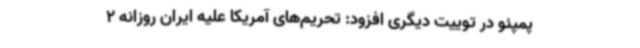
پمپئو در توییت دیگری افزود: تحریم‌های آمریکا علیه ایران روزانه 2